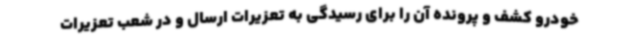
خودرو کشف و پرونده آن را برای رسیدگی به تعزیرات ارسال و در شعب تعزیرات